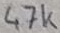
Text: 47k